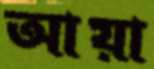
আয়া